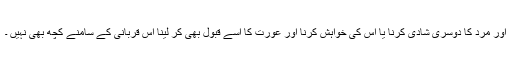
اور مرد کا دوسری شادی کرنا یا اس کی خواہش کرنا اور عورت کا اسے قبول بھی کر لینا اس قربانی کے سامنے کچھ بھی نہیں ۔